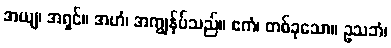
အယျ၊ အရှင်။ အဟံ၊ အကျွန်ုပ်သည်။ ဧကံ၊ တစ်ခုသော။ ဥသဘံ၊